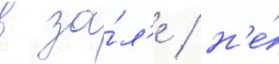
в за́л'е / н'е́